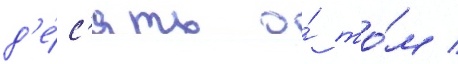
д'е́с'ять о́ то́м /